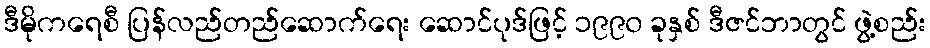
ဒီမိုကရေစီ ပြန်လည်တည်ဆောက်ရေး ဆောင်ပုဒ်ဖြင့် ၁၉၉၀ ခုနှစ် ဒီဇင်ဘာတွင် ဖွဲ့စည်း